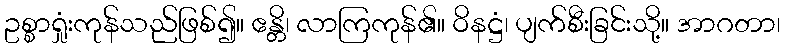
ဥစ္စာရှုံးကုန်သည်ဖြစ်၍။ ဧန္တိ၊ လာကြကုန်၏။ ဝိနဋ္ဌံ၊ ပျက်စီးခြင်းသို့။ အာဂတာ၊